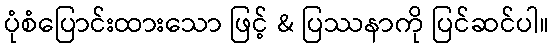
ပုံစံပြောင်းထားသော ဖြင့် & ပြဿနာကို ပြင်ဆင်ပါ။